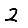
Digit: 2